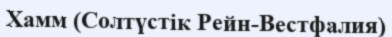
Хамм (Солтүстік Рейн-Вестфалия)